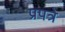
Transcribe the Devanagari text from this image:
प्रपत्रे